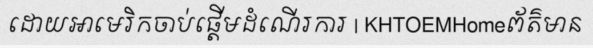
ដោយអាមេរិកចាប់ផ្តើមដំណើរការ | KHTOEMHomeព័ត៌មាន